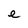
Character: e